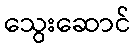
သွေးဆောင်